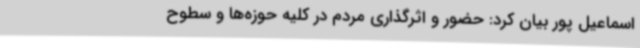
اسماعیل پور بیان کرد: حضور و اثرگذاری مردم در کلیه حوزه‌ها و سطوح